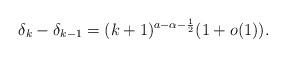
\begin{align*}\delta_k - \delta_{k-1}= (k+1)^{a-\alpha-\frac{1}{2}} ( 1 +o(1)).\end{align*}